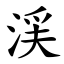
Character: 渓